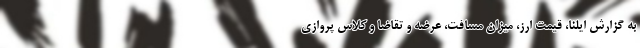
به گزارش ایلنا، قیمت ارز، میزان مسافت، عرضه و تقاضا و کلاس پروازی